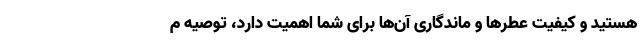
هستید و کیفیت عطرها و ماندگاری آن‌ها برای شما اهمیت دارد، توصیه م